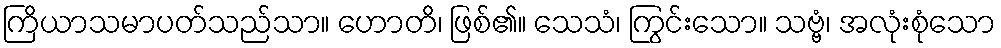
ကြိယာသမာပတ်သည်သာ။ ဟောတိ၊ ဖြစ်၏။ သေသံ၊ ကြွင်းသော။ သဗ္ဗံ၊ အလုံးစုံသော